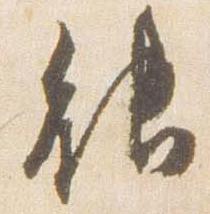
能